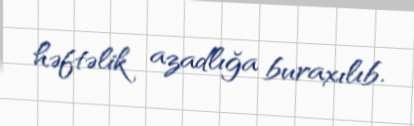
həftəlik azadlığa buraxılıb.